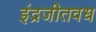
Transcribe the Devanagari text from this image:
इंद्रजीतवध